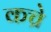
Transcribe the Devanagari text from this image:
कच्रे